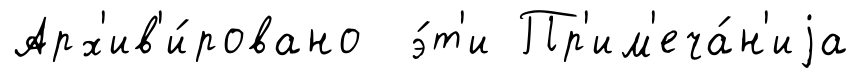
Арх'ив'и́ровано э́т'и Пр'им'еча́н'иjа